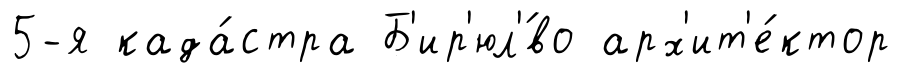
5-я када́стра Б'ир'юл'́во арх'ит'е́ктор